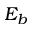
E _ { b }